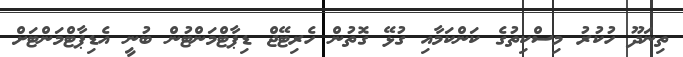
ތިނަދޫ ހުކުރު މިސްކިތުގެ ކަންކަމާއި ގުޅޭ ގޮތުން ހެރިޓޭޖް ޑިޕާޓްމަންޓުން ބުނީ އެޑިޕާޓްމަންޓަށް